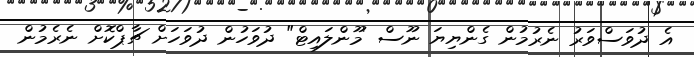
އެ ދުވަސްވަރު ނެރުމުން ގެންޔިޔަ ނޫސް 'މޫންލައިޓް" ދުވަހުން ދުވަހަށް ޗާޕްކޮށް ނެރެމުން